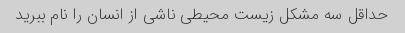
حداقل سه مشکل زیست محیطی ناشی از انسان را نام ببرید